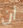
أن